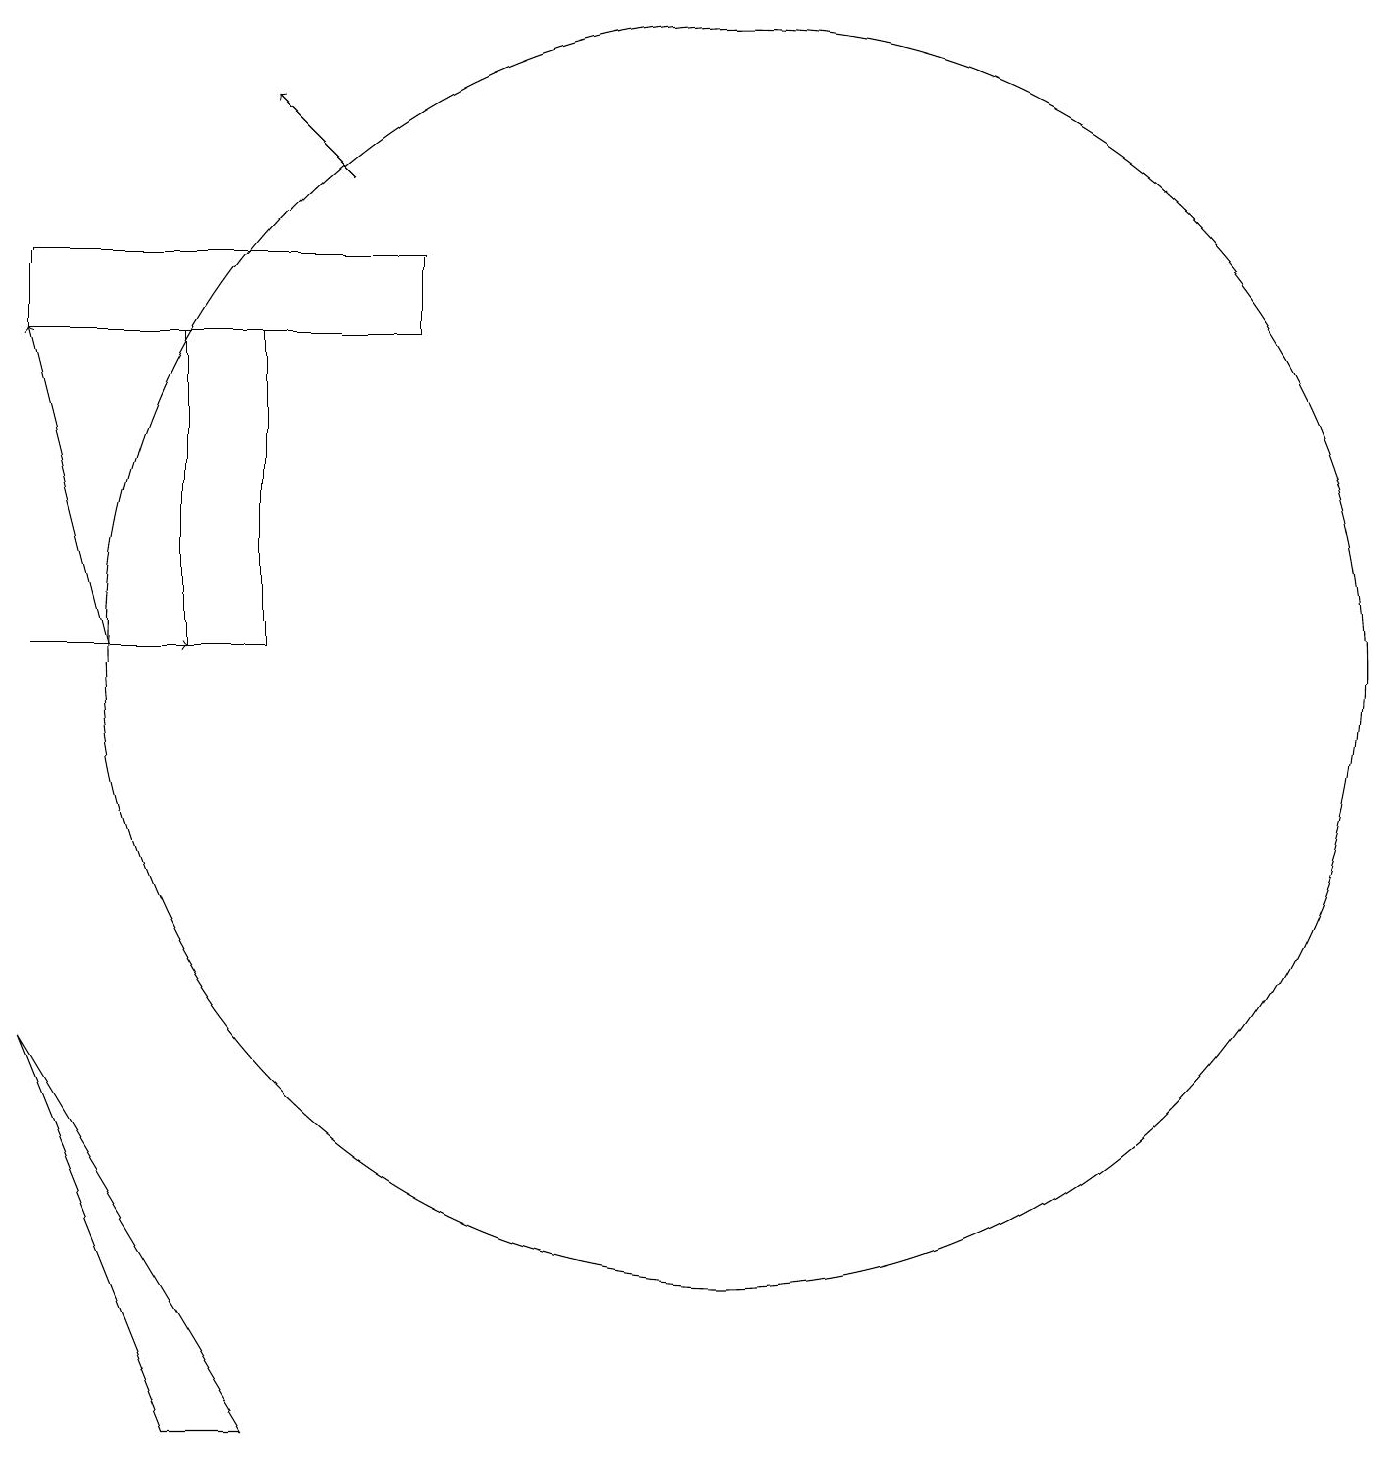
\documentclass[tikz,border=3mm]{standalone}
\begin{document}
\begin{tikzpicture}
\draw (2,14) rectangle (7,15);
\draw (4,14) rectangle (5,10);
\draw[->] (6,16) -- (5,17);
\draw (11,10) circle (8);
\draw[->] (3,10) -- (2,14);
\draw[->] (2,10) -- (4,10);
\draw (4,0) -- (2,5) -- (5,0) -- cycle;
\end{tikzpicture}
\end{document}